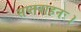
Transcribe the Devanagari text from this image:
सप्तवाहनः।